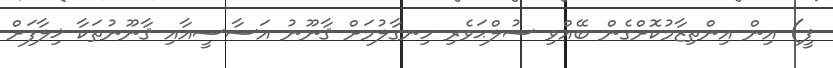
ޕީ) އިން އިންތިޒާމުކޮށްގެން ބޭއްވި ސުލްޙަވެރި ހިނގާލުމަށް ޤާނޫނު އަސާސީއާއި ޤާނޫނުތަކާ ޚިލާފަށް